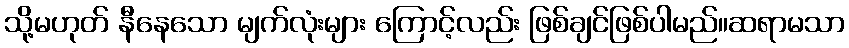
သို့မဟုတ် နီနေသော မျက်လုံးများ ကြောင့်လည်း ဖြစ်ချင်ဖြစ်ပါမည်။ဆရာမသာ